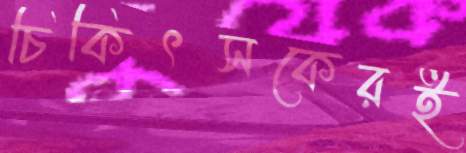
চিকিৎসকেরই